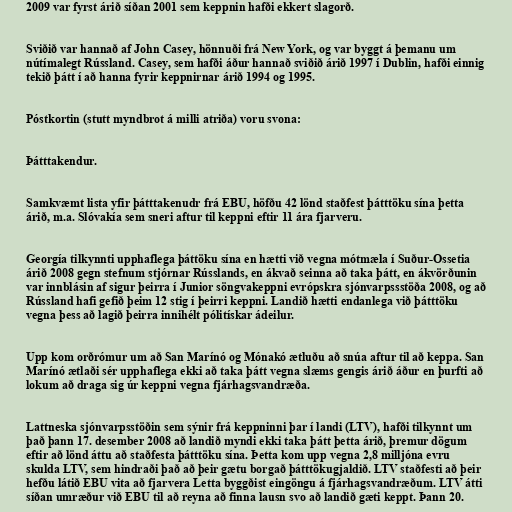
2009 var fyrst árið síðan 2001 sem keppnin hafði ekkert slagorð.

Sviðið var hannað af John Casey, hönnuði frá New York, og var byggt á þemanu um
nútímalegt Rússland. Casey, sem hafði áður hannað sviðið árið 1997 í Dublin, hafði einnig
tekið þátt í að hanna fyrir keppnirnar árið 1994 og 1995.

Póstkortin (stutt myndbrot á milli atriða) voru svona:

Þátttakendur.

Samkvæmt lista yfir þátttakenudr frá EBU, höfðu 42 lönd staðfest þátttöku sína þetta
árið, m.a. Slóvakía sem sneri aftur til keppni eftir 11 ára fjarveru.

Georgía tilkynnti upphaflega þáttöku sína en hætti við vegna mótmæla í Suður-Ossetia
árið 2008 gegn stefnum stjórnar Rússlands, en ákvað seinna að taka þátt, en ákvörðunin
var innblásin af sigur þeirra í Junior söngvakeppni evrópskra sjónvarpssstöða 2008, og að
Rússland hafi gefið þeim 12 stig í þeirri keppni. Landið hætti endanlega við þátttöku
vegna þess að lagið þeirra innihélt pólitískar ádeilur.

Upp kom orðrómur um að San Marínó og Mónakó ætluðu að snúa aftur til að keppa. San
Marínó ætlaði sér upphaflega ekki að taka þátt vegna slæms gengis árið áður en þurfti að
lokum að draga sig úr keppni vegna fjárhagsvandræða.

Lattneska sjónvarpsstöðin sem sýnir frá keppninni þar í landi (LTV), hafði tilkynnt um
það þann 17. desember 2008 að landið myndi ekki taka þátt þetta árið, þremur dögum
eftir að lönd áttu að staðfesta þátttöku sína. Þetta kom upp vegna 2,8 milljóna evru
skulda LTV, sem hindraði það að þeir gætu borgað þátttökugjaldið. LTV staðfesti að þeir
hefðu látið EBU vita að fjarvera Letta byggðist eingöngu á fjárhagsvandræðum. LTV átti
síðan umræður við EBU til að reyna að finna lausn svo að landið gæti keppt. Þann 20.